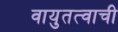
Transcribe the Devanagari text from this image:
वायुतत्वाची